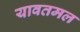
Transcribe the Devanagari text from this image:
यावतमल